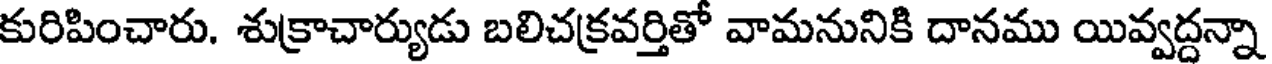
కురిపించారు. శుక్రాచార్యుడు బలిచక్రవర్తితో వామనునికి దానము యివ్వద్దన్నా